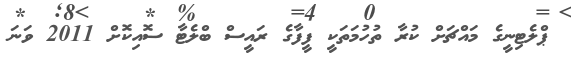
ޕްލެޓިނީގެ މައްޗަށް ކުރާ ތުހުމަތަކީ ފީފާގެ ރައީސް ބްލެޓާ ސޮއިކޮށް 2011 ވަނަ